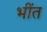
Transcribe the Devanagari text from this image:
भींत